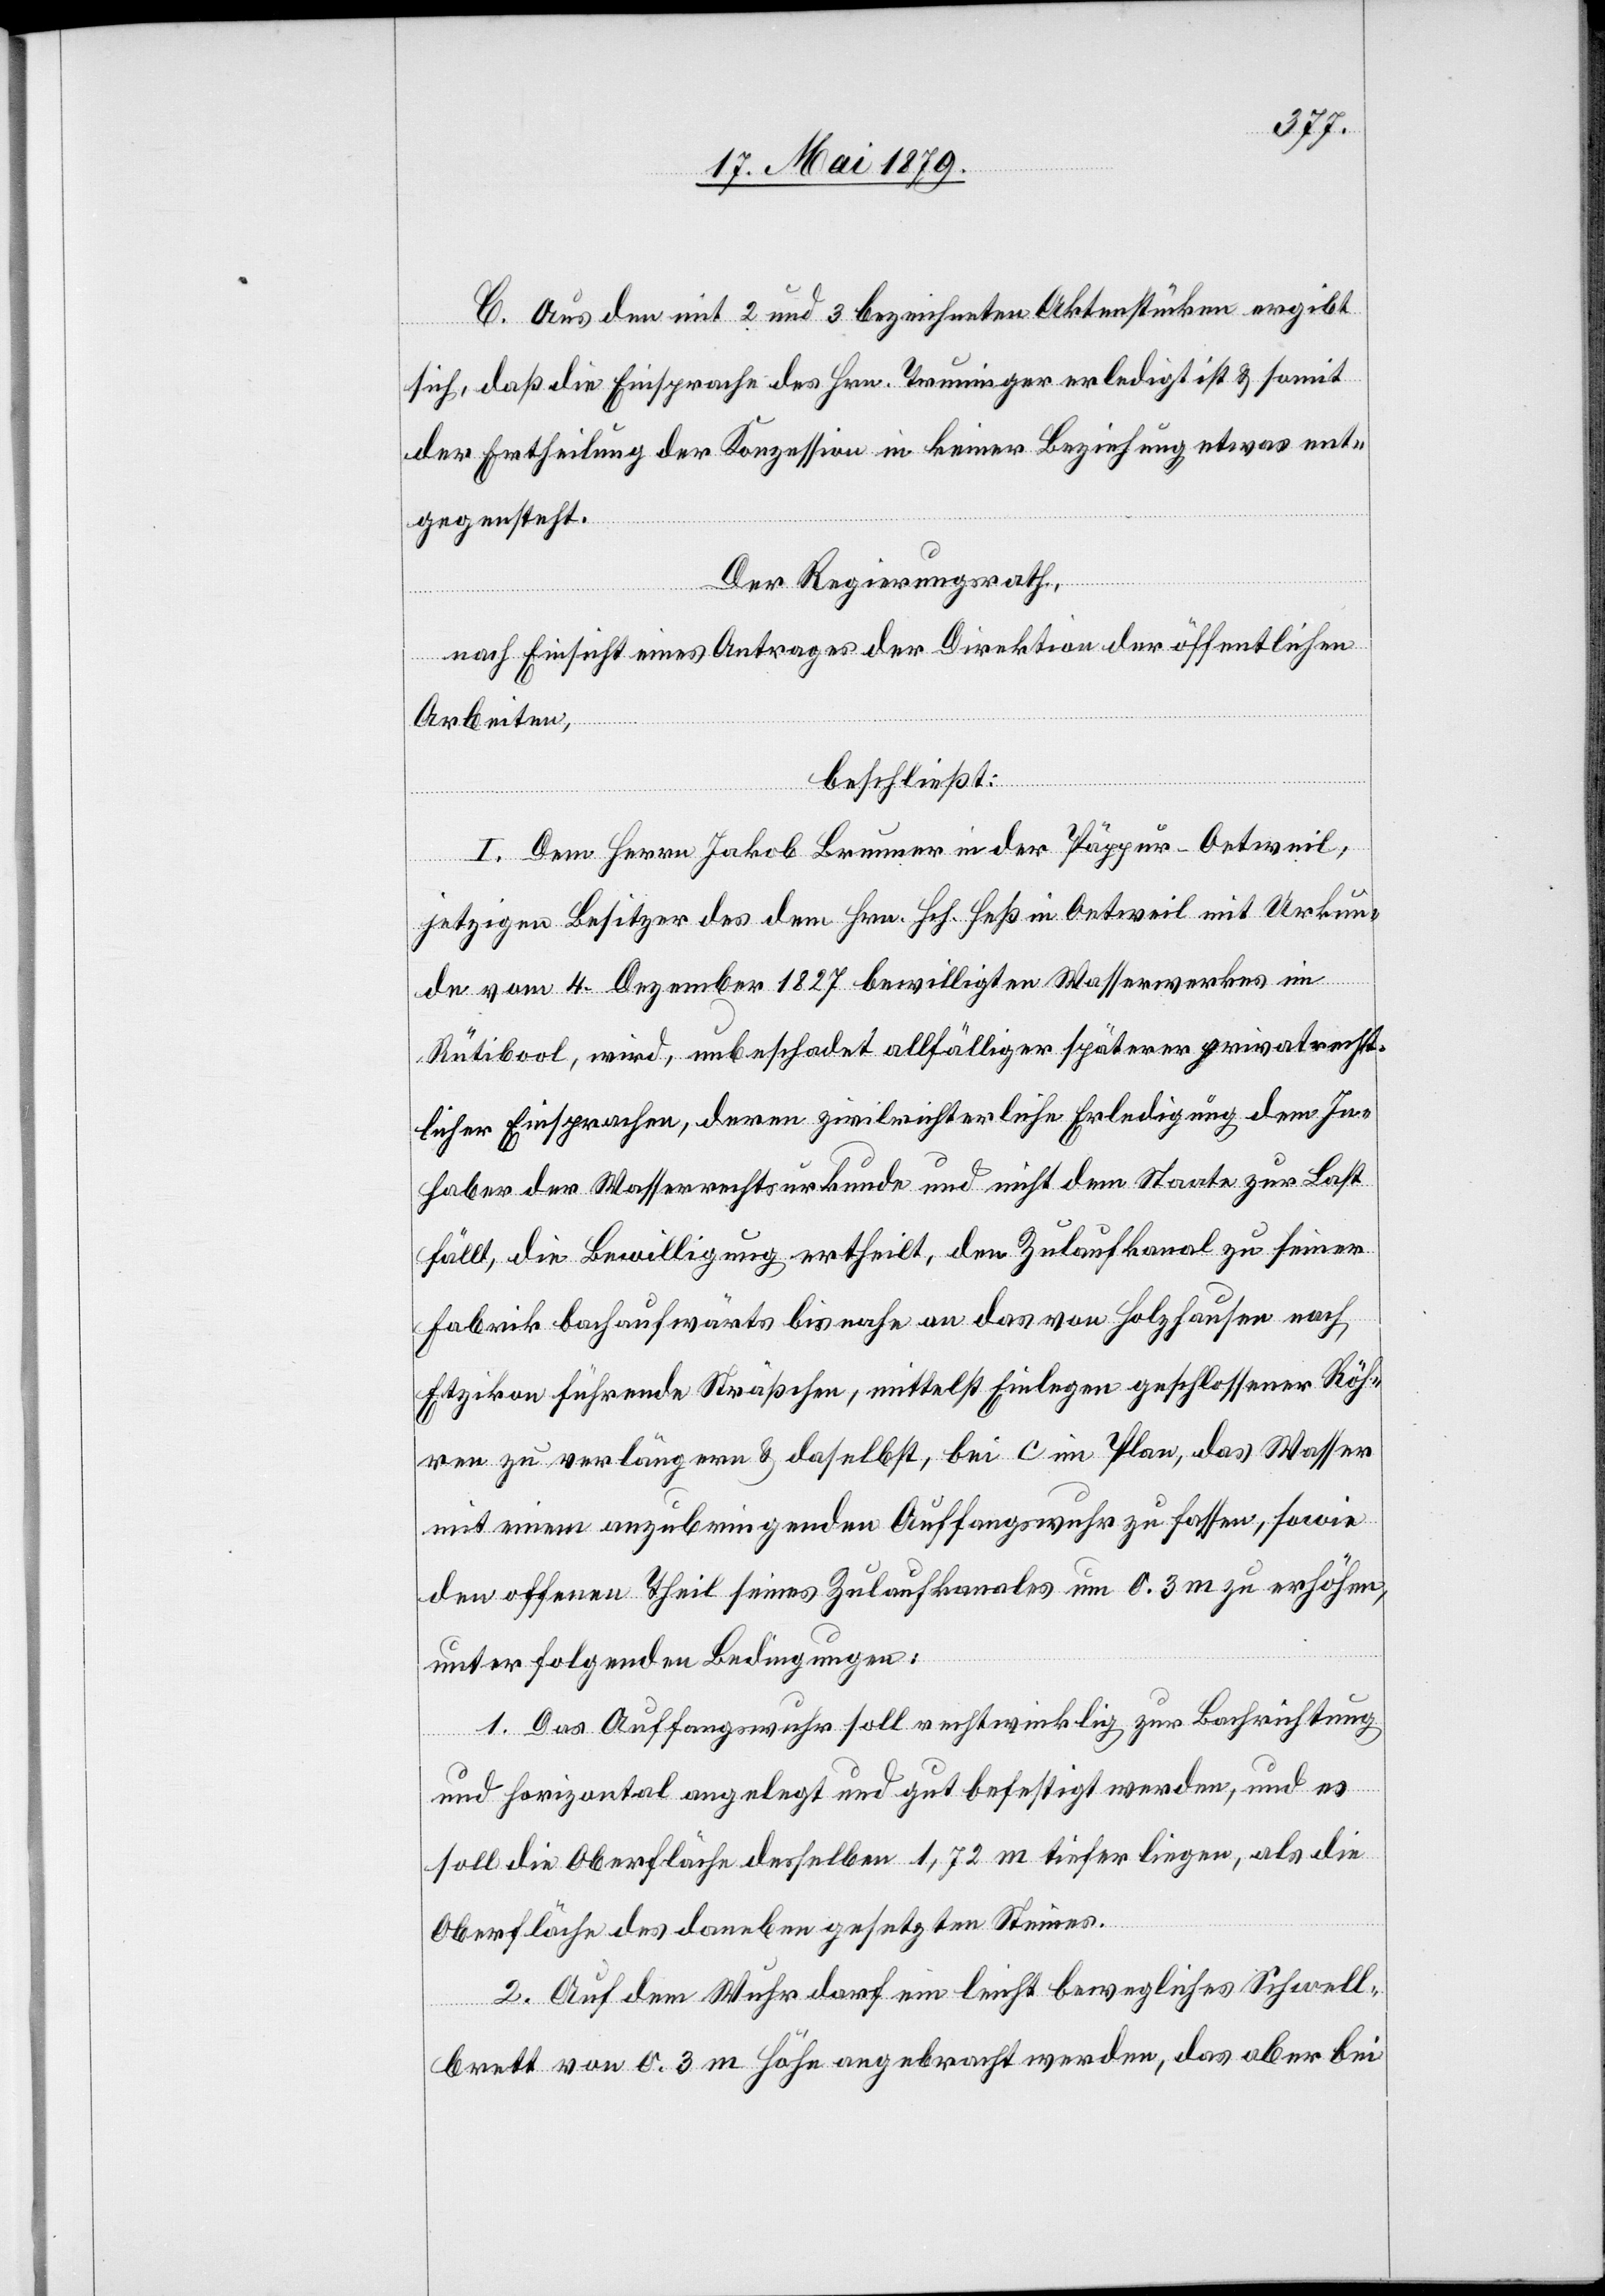
C. Aus den mit 2 und 3 bezeichneten Aktenstücken ergibt
sich, daß die Einsprache des Hrn. Truninger erledigt ist & somit
der Ertheilung der Konzession in keiner Beziehung etwas ent¬
gegensteht.
Der Regierungsrath,
nach Einsicht eines Antrages der Direktion der öffentlichen
Arbeiten,
beschließt:
I. Dem Herrn Jakob Brunner in der Päppur - Oetweil,
jetzigen Besitzer des dem Hrn. Hch. Heß in Oetweil mit Urkun¬
de vom 4. Dezember 1827 bewilligten Wasserwerkes im
Rütibool, wird, unbeschadet allfälliger späterer privatrecht¬
licher Einsprachen, deren zivilrichterliche Erledigung dem In¬
haber der Wasserrechtsurkunde und nicht dem Staate zur Last
fällt, die Bewilligung ertheilt, den Zulaufkanal zu seiner
Fabrik bachaufwärts bis nahe an das von Holzhausen nach
Etzikon führende Sträßchen, mittelst Einlegen geschlossener Röh¬
ren zu verlängern & daselbst, bei c im Plan, das Wasser
mit einem anzubringenden Auffangswuhr zu fassen, sowie
den offenen Theil seines Zulaufkanales um 0.3 m zu erhöhen,
unter folgenden Bedingungen:
1. Das Auffangswuhr soll rechtwinklig zur Bachrichtung
und horizontal angelegt und gut befestigt werden, und es
soll die Oberfläche desselben 1,72 m tiefer liegen, als die
Oberfläche des daneben gesetzten Steines.
2. Auf dem Wuhr darf ein leicht bewegliches Schwell¬
brett von 0.3 m Höhe angebracht werden, das aber bei